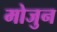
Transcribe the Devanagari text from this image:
मोजुन